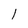
Character: l